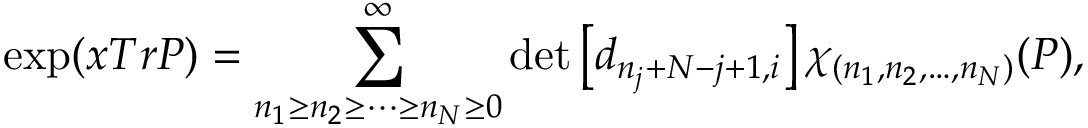
\exp ( x T r P ) = \sum _ { n _ { 1 } \geq n _ { 2 } \geq \cdots \geq n _ { N } \geq 0 } ^ { \infty } \operatorname * { d e t } \left[ d _ { n _ { j } + N - j + 1 , i } \right] \chi _ { ( n _ { 1 } , n _ { 2 } , \ldots , n _ { N } ) } ( P ) ,